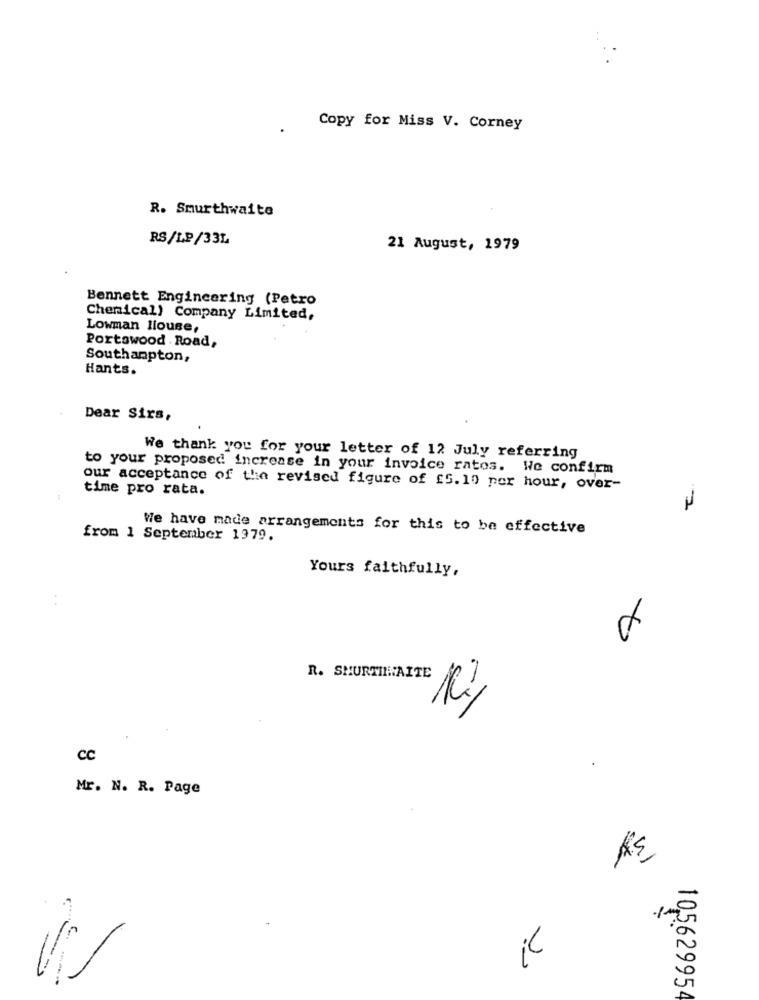
Copy for Miss V. Corney
R. Smurthwaite
RS/LP/33L
21 August, 1979
Bennett Engincering (Petro
Chenical) Company Limited,
Lowman llouse,
Portawood . Road,
Southampton,
Hants.
Dear Sirs,
We thank you for your letter of 12 July referring
to your proposed increase in your invoice ratos. We confirm
our acceptance of the revised figure of $5.10 per hour, over-
time pro rata.
We have made arrangements for this to be effective
from 1 September 1379.
Yours faithfully,
cc
Mr. N. R. Page
il
---
- ---
10,5629954